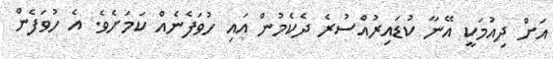
އަށް ދިއުމަކީ އޭނާ ކުޑައިރުއްސުރެ ދެކެމުން އައި ހުވަފެނެއް ކަމަށެވެ. އެ ހުވަފެން